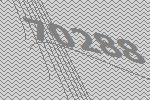
70288